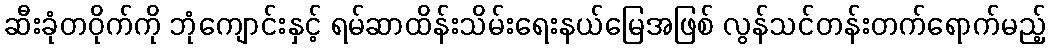
ဆီးခုံတဝိုက်ကို ဘုံကျောင်းနှင့် ရမ်ဆာထိန်းသိမ်းရေးနယ်မြေအဖြစ် လွန်သင်တန်းတက်ရောက်မည့်